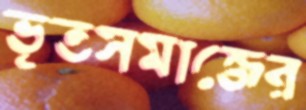
ভূতসমাজের